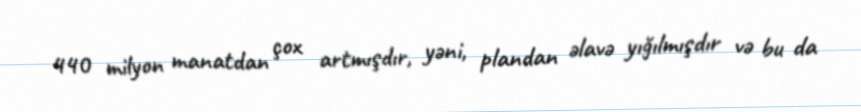
440 milyon manatdan çox artmışdır, yəni, plandan əlavə yığılmışdır və bu da